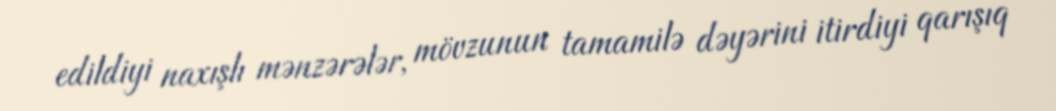
edildiyi naxışlı mənzərələr, mövzunun tamamilə dəyərini itirdiyi qarışıq